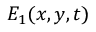
E _ { 1 } ( x , y , t )